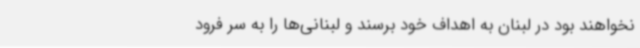
نخواهند بود در لبنان به اهداف خود برسند و لبنانی‌ها را به سر فرود